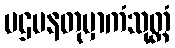
ပဌမနတုမှာကံသုတ္တံ